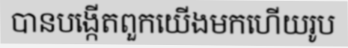
បានបង្កើតពួកយើងមកហើយរូប